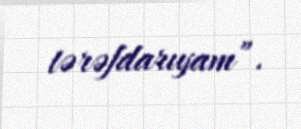
tərəfdarıyam”.